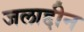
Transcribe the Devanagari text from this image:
जलाद्दीन